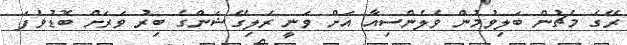
ރޭގެ މެޗުން ބަލިވުމުން ވެލެންސިއާ އަށް ވަނީ ރެލިގޭޝަންގެ ބިރު ވަރަށް ބޮޑުވެފަ